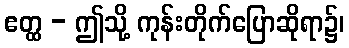
ဧတ္ထ - ဤသို့ ကုန်းတိုက်ပြောဆိုရာ၌၊